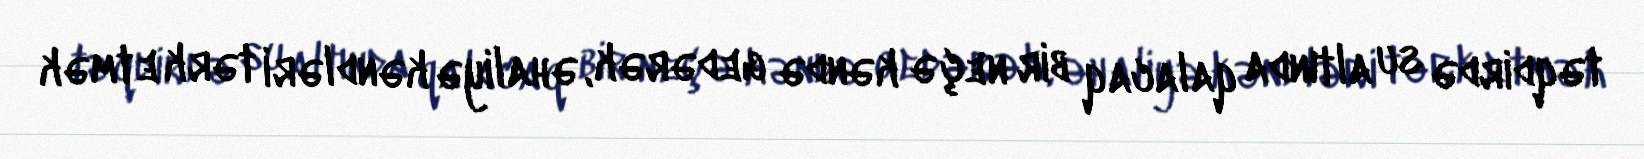
təqdirdə su altında qalacaq bir neçə kəndə gedərək, əhaliyə kəndləri tərk etmək